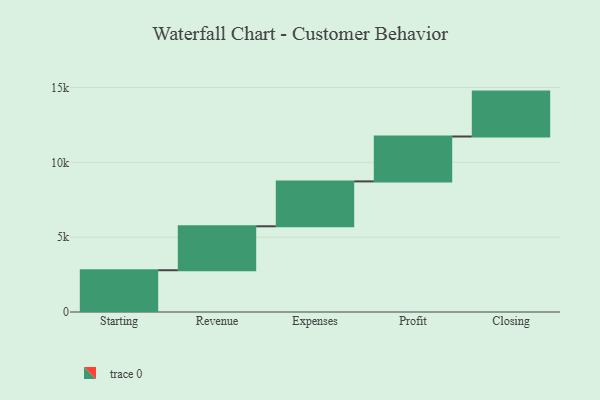
{"axis": {"x": "Step", "y": "Value"}, "legend": [""], "data": [{"x": "Starting", "y": 2791.0, "type": ""}, {"x": "Revenue", "y": 2936.0, "type": ""}, {"x": "Expenses", "y": 3000, "type": ""}, {"x": "Profit", "y": 3000, "type": ""}, {"x": "Closing", "y": 3000, "type": ""}]}